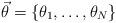
LaTeX: \begin{align*}\vec{\theta }=\{\theta _{1},\ldots ,\theta _{N}\}\end{align*}